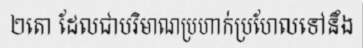
២តោ ដែលជាបរិមាណប្រហាក់ប្រហែលទៅនឹង